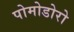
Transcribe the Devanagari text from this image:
पोमोडोरो